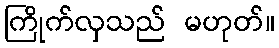
ကြိုက်လှသည် မဟုတ်။